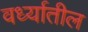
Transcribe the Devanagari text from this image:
वर्ध्यातील